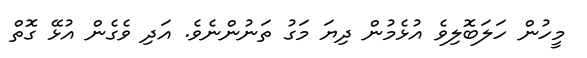
މީހުން ހަލަބޮލިވެ އުޅެމުން ދިޔަ މަގު ތަނުންނެވެ. އަދި ވެގެން އުޅޭ ގޮތް